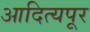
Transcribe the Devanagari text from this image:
आदित्यपूर